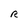
Character: R